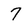
Character: 7